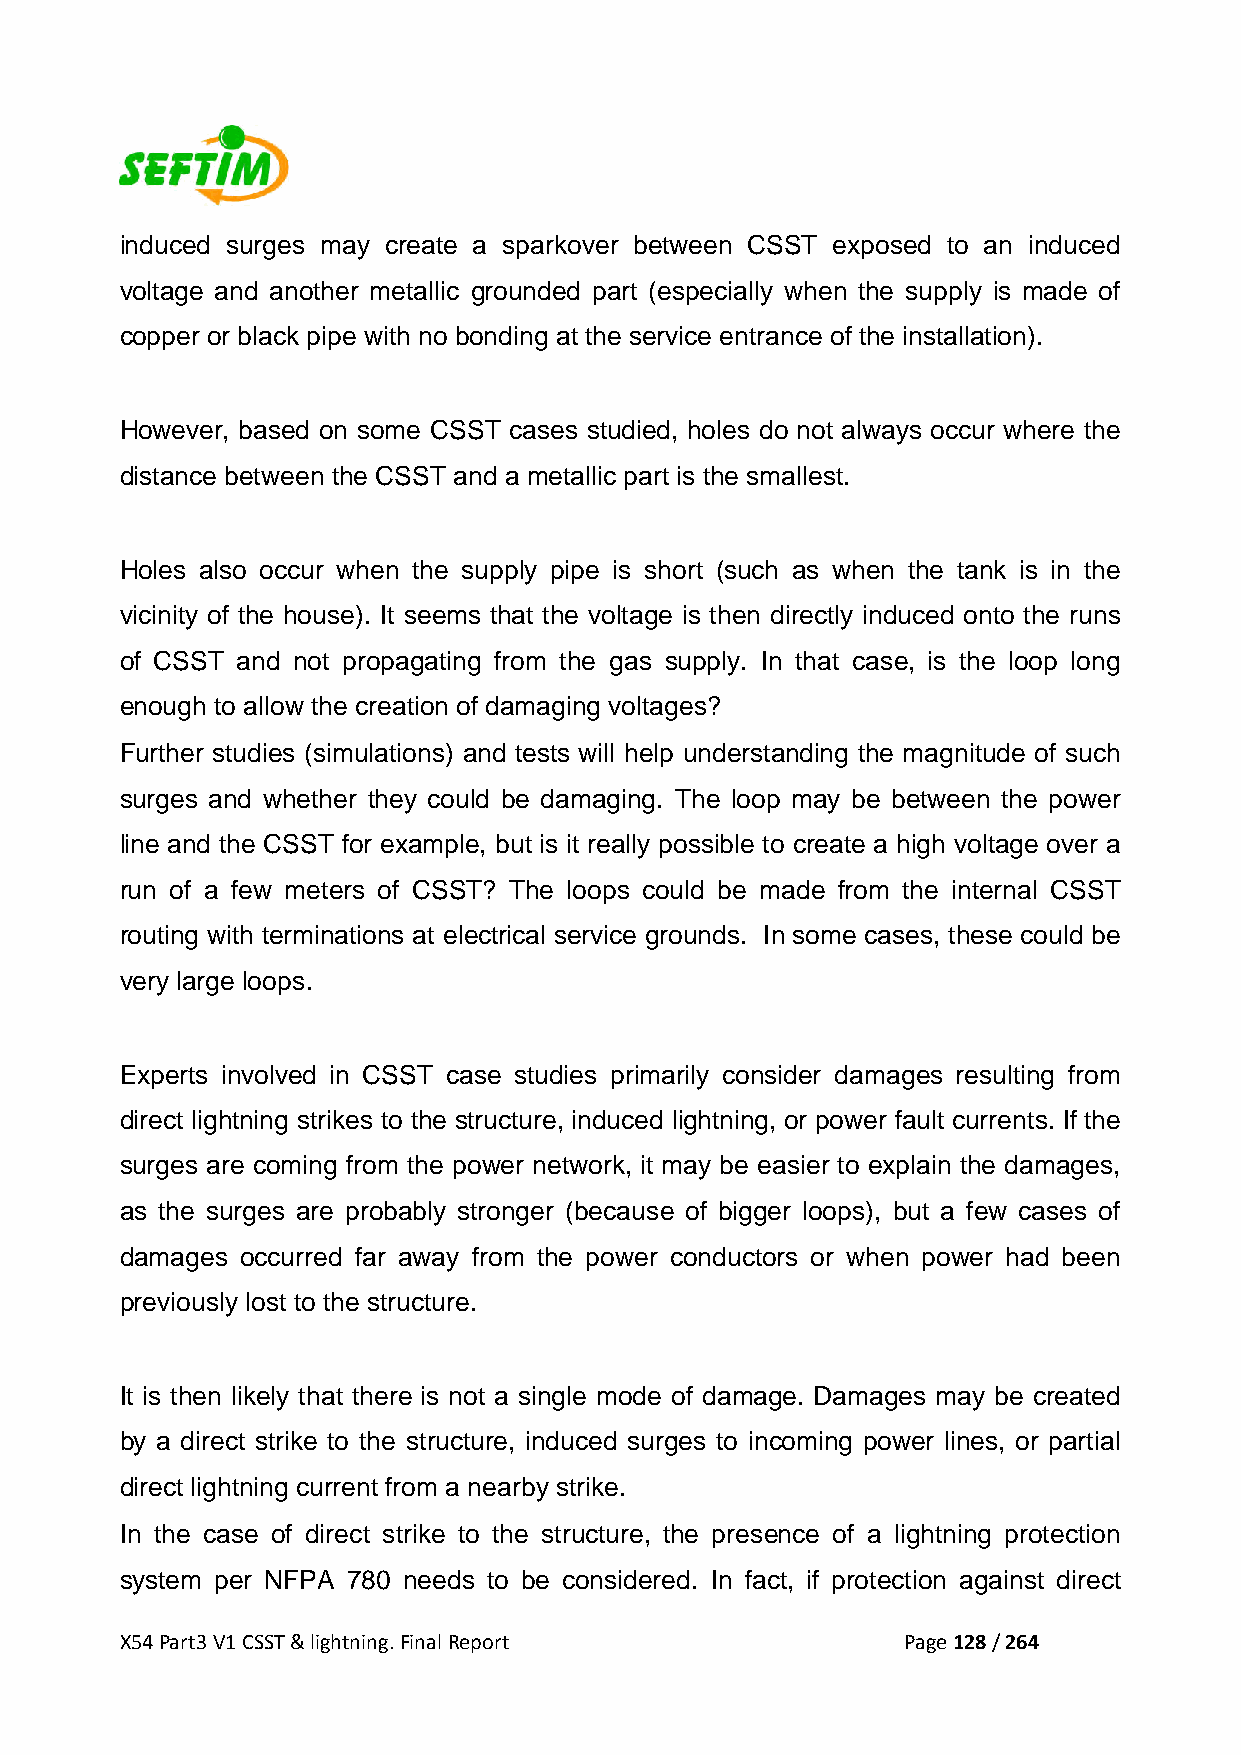
induced surges may create a sparkover between CSST exposed to an induced
 voltage and another metallic grounded part (especially when the supply is made of
 copper or black pipe with no bonding at the service entrance of the installation).
 However, based on some CSST cases studied, holes do not always occur where the
 distance between the CSST and a metallic part is the smallest.
 Holes also occur when the supply pipe is short (such as when the tank is in the
 vicinity of the house). It seems that the voltage is then directly induced onto the runs
 of CSST and not propagating from the gas supply. In that case, is the loop long
 enough to allow the creation of damaging voltages?
 Further studies (simulations) and tests will help understanding the magnitude of such
 surges and whether they could be damaging. The loop may be between the power
 line and the CSST for example, but is it really possible to create a high voltage over a
 run of a few meters of CSST? The loops could be made from the internal CSST
 routing with terminations at electrical service grounds. In some cases, these could be
 very large loops.
 Experts involved in CSST case studies primarily consider damages resulting from
 direct lightning strikes to the structure, induced lightning, or power fault currents. If the
 surges are coming from the power network, it may be easier to explain the damages,
 as the surges are probably stronger (because of bigger loops), but a few cases of
 damages occurred far away from the power conductors or when power had been
 previously lost to the structure.
 It is then likely that there is not a single mode of damage. Damages may be created
 by a direct strike to the structure, induced surges to incoming power lines, or partial
 direct lightning current from a nearby strike.
 In the case of direct strike to the structure, the presence of a lightning protection
 system per NFPA 780 needs to be considered. In fact, if protection against direct
 X54 Part3 V1 CSST & lightning. Final Report         Page 128 / 264